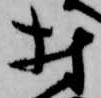
村